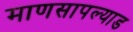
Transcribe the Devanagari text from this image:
माणसापल्याड